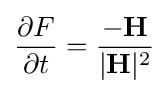
{\frac {\partial F}{\partial t}}={\frac {-\mathbf {H} }{|\mathbf {H} |^{2}}}